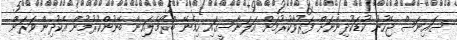
ސައިނަސް ޖެހުނު ކުޑަކުދިންނަށް ފަރުވާކުރުމަށް އަލަނާސީގައި ހިމެނޭ ބްރޯމެލައިން ބޭނުންކުރުމުން އެކުދިން ވަރަށް